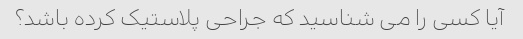
آیا کسی را می شناسید که جراحی پلاستیک کرده باشد؟